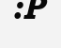
:P